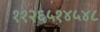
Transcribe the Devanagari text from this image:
११२६५१४५४८